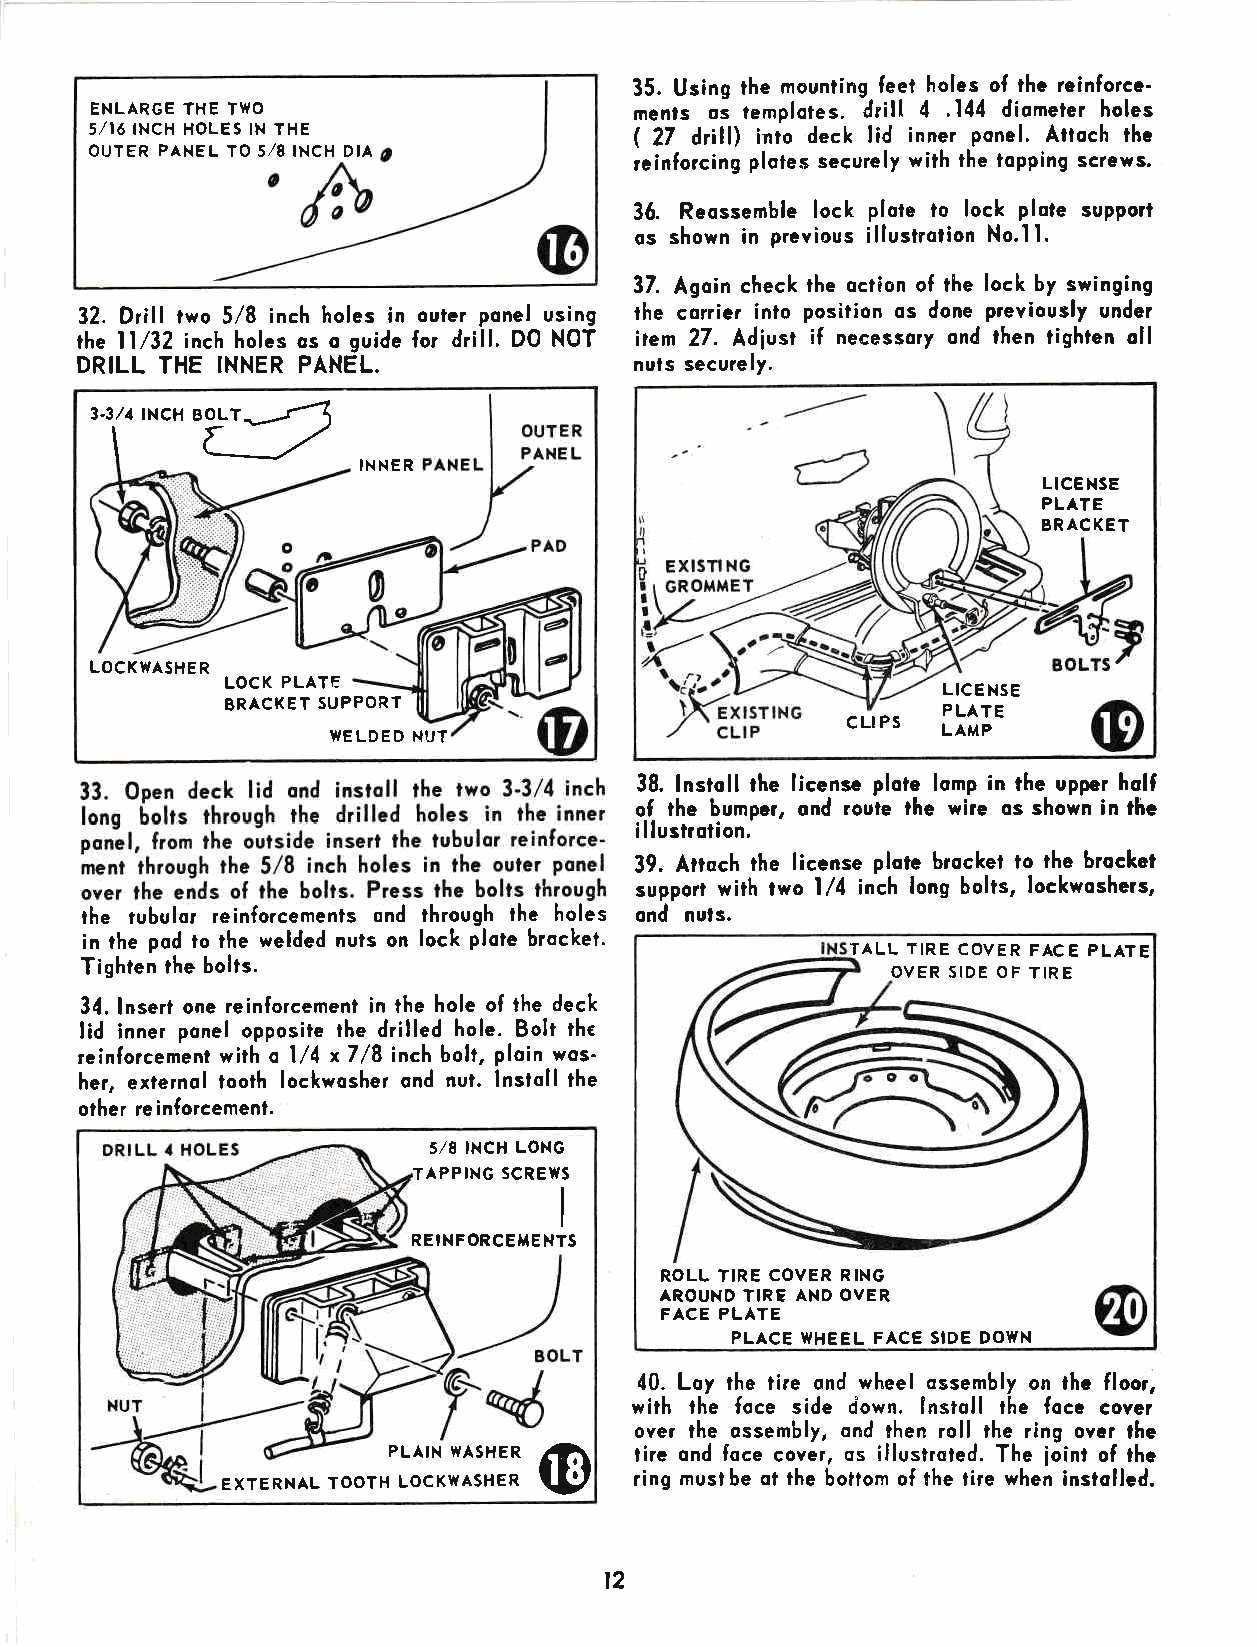
35. Using lhe mounting feet holes of the reinforce'
 ENLARGE THE TWO                     ments o- templotes. drill 4 .144 diometer holes
 5II6 INCH HOLES IN THE              ( 27 d,illl into deck lid inner ponel. Attoch thc
 OUTER PANEL IO 5/8 INCH DIA         reinforcing plotes securely with the topping screws.
 36. Reossemble lock plote to lock plote support
 os shown in previous illustrotion No.ll.
 37. Agoin check the oclion of the lock by swinging
 32. Drill two 5/8 inch holes in ouler ponel using the corrier inlo position os done previously undar
 rhe ll /32 inch holes os o guide for drill. D0 NOT item 27. Adlust if necessory ond then tighten oll
 DRILL THE INNER PANEL.               nuls securely.
 3-314tNCHru
 INNER
 LICENSE
 PLATE
 BRACKET
 LOCKWASHER
 LOCK PLATE
 LICE NSE
 BRACKET SUPPORT                                PLATE
 WELDED NUT                        CLI PS LAMP
 38. lnstoll the license plote lomp in the upper holf
 of the bumper, ond roule the wire os shown in thc
 illustrotion.
 39. Attoch the license plote brocket to the brocket
 support with two l/4 inch long bolts, lockwoshers,
 the rubulor reinforcements ond through the holes ond nuts.
 in the pod to the welded nuls on lock plote brocket.
 TALL TIRE: COVER FACE PLATE
 Tighten the bolts.
 OVER SIDE OF TIRE
 34. Insert one reinforcement in the hole of the deck
 lid inner ponel opposite the drilled hole. Bolt the
 reinforcement with o 1/4 x7 /8 inch bolt, ploin wos'
 her, exlernol tooth lockwosher ond nut. lnstoll the
 other re inforcemenl.
 5/8 INCH LONG
 TAPPING SCREWS
 I
 REINFORCEMENTS
 ROLL TIRE COVER RING
 AROUND TIRE AND OVER
 FACE PLATE
 PLACE WHEEL FACE SIDE DOWN
 40. Loy the tire ond wheel ossembly on lhe floor,
 with lhe foce side down. lnstoll the foce cover
 over ihe ossembly, ond then roll the ring over lhe
 PLAIN WASHER (D tire ond foce cover, os illustroted. The ioint of the
 EXTERNAL TOOTH LOCKWASHER  ring musl be ot the botiorn of the tire when instolled"
 t2